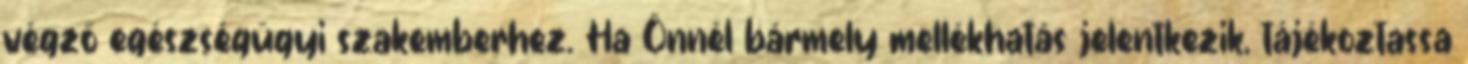
végző egészségügyi szakemberhez. Ha Önnél bármely mellékhatás jelentkezik, tájékoztassa